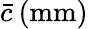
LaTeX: \bar{c}\: (\mathrm{mm})